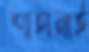
শাহানাই